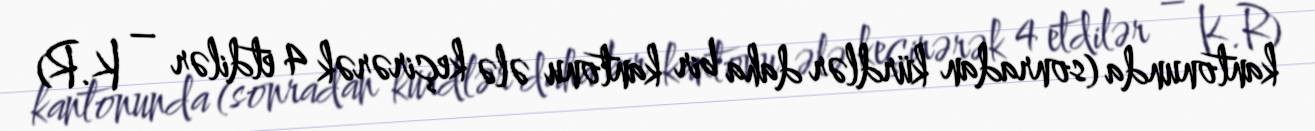
kantonunda (sonradan kürdlər daha bir kantonu ələ keçirərək 4 etdilər – K.R)